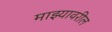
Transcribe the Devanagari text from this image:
माझ्यावरील